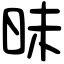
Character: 昧